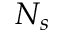
N _ { s }